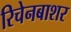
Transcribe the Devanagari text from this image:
रिचेनबाशर